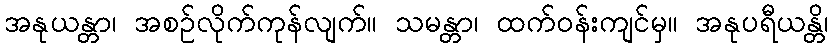
အနုယန္တာ၊ အစဉ်လိုက်ကုန်လျက်။ သမန္တာ၊ ထက်ဝန်းကျင်မှ။ အနုပရီယန္တိ၊